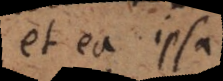
et ea ipsa